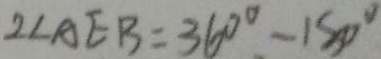
2 \angle A E B = 3 6 0 ^ { \circ } - 1 5 0 ^ { \circ }